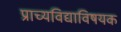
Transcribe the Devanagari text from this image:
प्राच्यविद्याविषयक